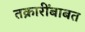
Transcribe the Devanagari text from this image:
तक्रारींबाबत